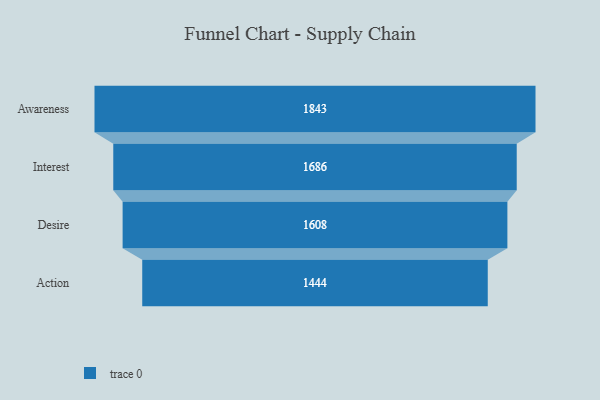
{"axis": {"x": "Stage", "y": "Value"}, "legend": [""], "data": [{"x": "Awareness", "y": 1843.0, "type": ""}, {"x": "Interest", "y": 1686.0, "type": ""}, {"x": "Desire", "y": 1608.0, "type": ""}, {"x": "Action", "y": 1444.0, "type": ""}]}